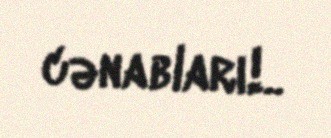
cənabları!..